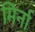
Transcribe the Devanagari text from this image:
मिर्ना